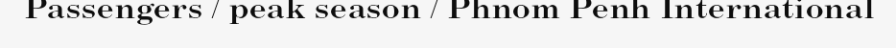
Passengers / peak season / Phnom Penh International